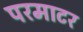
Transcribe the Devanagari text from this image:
परमाटर